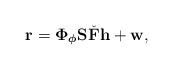
LaTeX: \begin{align*}\mathbf{r} = \boldsymbol{\Phi}_{\boldsymbol{\phi}}\mathbf{S}\check{\mathbf{F}}\mathbf{h} + \mathbf{w},\end{align*}